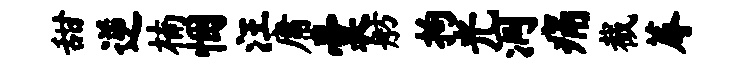
甜逆楠悃汪庸囊舫拘光洞痛截蓐